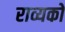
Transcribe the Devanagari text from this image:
राव्यको